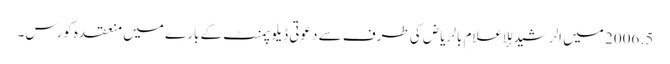
5. 2006 میں الرشید للإعلام بالریاض کی طرف سے دعوتی ڈیلوپمنٹ کے بارے میں منعقدہ کورس۔